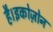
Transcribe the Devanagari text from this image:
है।इकोज़ोन